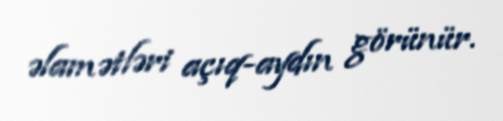
əlamətləri açıq-aydın görünür.